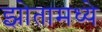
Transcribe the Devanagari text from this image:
झोतामध्ये